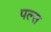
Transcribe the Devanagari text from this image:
पल्‍स